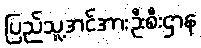
ပြည်သူ့အင်အားဦးစီးဌာန